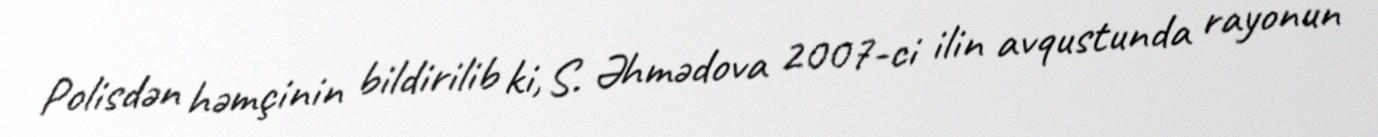
Polisdən həmçinin bildirilib ki, S. Əhmədova 2007-ci ilin avqustunda rayonun